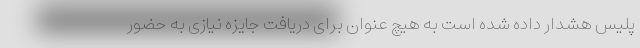
پلیس هشدار داده شده است به هیچ عنوان برای دریافت جایزه نیازی به حضور